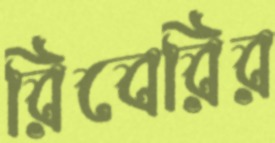
রিবেরির